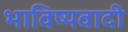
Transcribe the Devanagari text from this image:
भाविष्यवादी